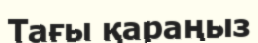
Тағы қараңыз